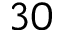
3 0